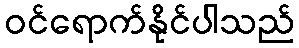
ဝင်ရောက်နိုင်ပါသည်